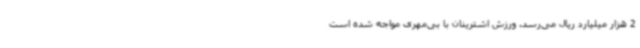
2 هزار میلیارد ریال می‌رسد. ورزش اشترینان با بی‌مهری مواجه شده است